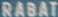
RABAT